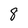
Character: 8